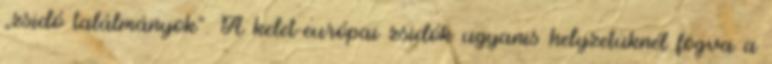
„zsidó találmányok”. A kelet-európai zsidók ugyanis helyzetüknél fogva a